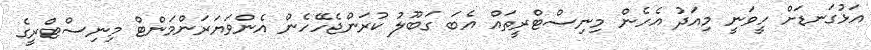
އަޅުގަނޑަށް ހީވަނީ މިއަދު އެހެން މިނިސްޓްރީތައް އެބަ ގަބޫލު ކުރަންޖެހޭހެން އެންވަޔަރަންމަންޓް މިނިސްޓްރީގެ